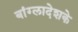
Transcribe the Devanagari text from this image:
बांग्लादेशके